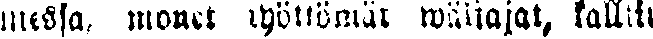
messa, monet työttömät wäliajat, kalliit